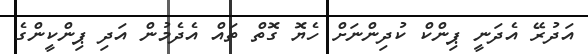
އަދުރޭ އެދަނީ ޕިންކް ކުދިންނަށް ހެޔޮ ގޮތް ތައް އެދެމުން އަދި ޕިންކީންގެ